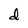
Character: d